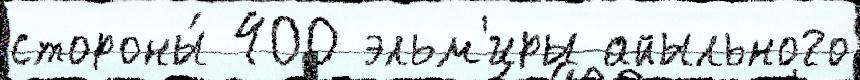
стороны́ 400 эльм'иры айыльного